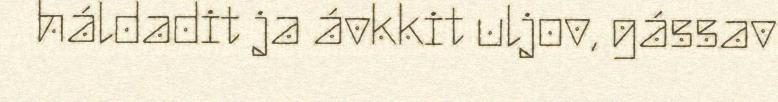
háldadit ja ávkkit uljov, gássav